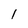
Character: 1